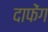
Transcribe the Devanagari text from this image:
दाफेंग